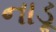
નાડૂ